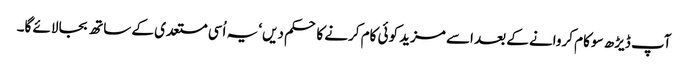
آپ ڈیڑھ سو کام کروانے کے بعد اسے مزید کوئی کام کرنے کا حکم دیں‘ یہ اُسی مستعدی کے ساتھ بجا لائے گا۔